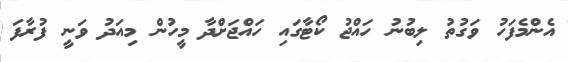
އެންމެފަހު ވަގުތު ލިބުނު ހައްޖު ކޯޓާގައި ހައްޖަށްދާ މީހުން މިއަދު ވަނީ ފުރާފަ